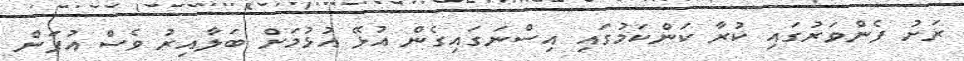
ރަށު ފެންވަރުގައި ކުރާ ކަންކަމުގައި އިސްނަގައިގެން އުޅޭ އުޅުމަށް ބަލާއިރު ވެސް އުފަން